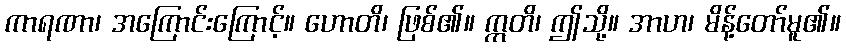
ကာရဏာ၊ အကြောင်းကြောင့်။ ဟောတိ၊ ဖြစ်၏။ ဣတိ၊ ဤသို့။ အာဟ၊ မိန့်တော်မူ၏။